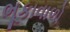
ભૂકાવાળો